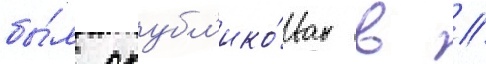
бы́л опубл'ико́ван в //